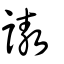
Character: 謸